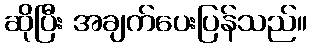
ဆိုပြီး အချက်ပေးပြန်သည်။